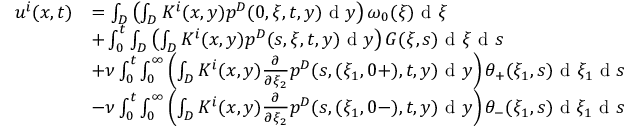
\begin{array} { r l } { u ^ { i } ( x , t ) } & { = \int _ { D } \left( \int _ { D } K ^ { i } ( x , y ) p ^ { D } ( 0 , \xi , t , y ) \textrm { d } y \right) \omega _ { 0 } ( \xi ) \textrm { d } \xi } \\ & { + \int _ { 0 } ^ { t } \int _ { D } \left( \int _ { D } K ^ { i } ( x , y ) p ^ { D } ( s , \xi , t , y ) \textrm { d } y \right) G ( \xi , s ) \textrm { d } \xi \textrm { d } s } \\ & { + \nu \int _ { 0 } ^ { t } \int _ { 0 } ^ { \infty } \left( \int _ { D } K ^ { i } ( x , y ) \frac { \partial } { \partial \xi _ { 2 } } p ^ { D } ( s , ( \xi _ { 1 } , 0 + ) , t , y ) \textrm { d } y \right) \theta _ { + } ( \xi _ { 1 } , s ) \textrm { d } \xi _ { 1 } \textrm { d } s } \\ & { - \nu \int _ { 0 } ^ { t } \int _ { 0 } ^ { \infty } \left( \int _ { D } K ^ { i } ( x , y ) \frac { \partial } { \partial \xi _ { 2 } } p ^ { D } ( s , ( \xi _ { 1 } , 0 - ) , t , y ) \textrm { d } y \right) \theta _ { - } ( \xi _ { 1 } , s ) \textrm { d } \xi _ { 1 } \textrm { d } s } \end{array}